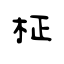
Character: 柾